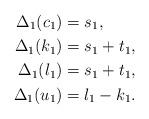
LaTeX: \begin{align*} \Delta_1 (c_1) &= s_1, \\ \Delta_1 (k_1) &= s_1 + t_1, \\ \Delta_1 (l_1) &= s_1 + t_1, \\ \Delta_1 (u_1) &= l_1 - k_1.\end{align*}